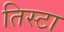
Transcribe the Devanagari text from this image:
तिस्टा